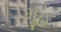
મૂહ